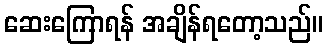
ဆေးကြောရန် အချိန်ရတော့သည်။